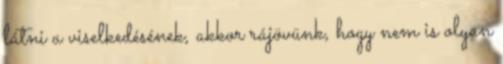
látni a viselkedésének, akkor rájövünk, hogy nem is olyan